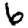
Digit: 6